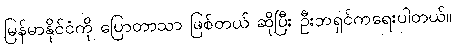
မြန်မာနိုင်ငံကို ပြောတာသာ ဖြစ်တယ် ဆိုပြီး ဦးဘရှင်ကရေးပါတယ်။